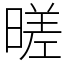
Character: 暛